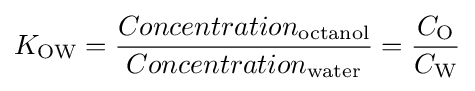
K_{\text{OW}}={\frac {Concentration_{\text{octanol}}}{Concentration_{\text{water}}}}={\frac {C_{\text{O}}}{C_{\text{W}}}}